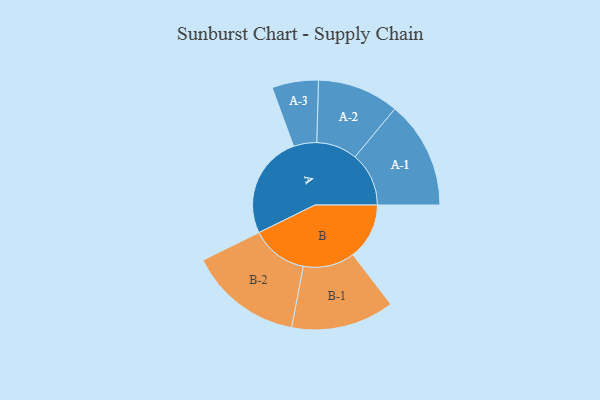
{"axis": {"x": "Segment", "y": "Value"}, "legend": ["", "A", "B"], "data": [{"x": "A", "y": 497, "type": ""}, {"x": "B", "y": 272, "type": ""}, {"x": "A-1", "y": 260, "type": "A"}, {"x": "A-2", "y": 197, "type": "A"}, {"x": "A-3", "y": 112, "type": "A"}, {"x": "B-1", "y": 249, "type": "B"}, {"x": "B-2", "y": 274, "type": "B"}]}